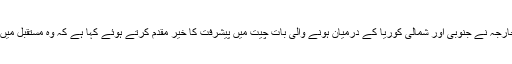
غیر ملکی خبر رساں ادارے کے مطابق امریکا کے محکمہ خارجہ نے جنوبی اور شمالی کوریا کے درمیان ہونے والی بات چیت میں پیشرفت کا خیر مقدم کرتے ہوئے کہا ہے کہ وہ مستقبل میں ہونے والی بات چیت میں شامل ہونے میں دلچسپی رکھتا ہے۔